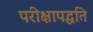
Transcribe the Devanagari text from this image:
परीक्षापद्धति